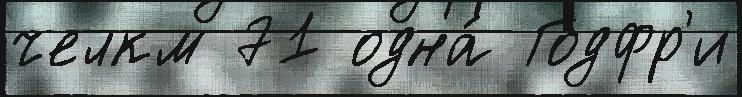
челкм 71 одна́ Годфр'и